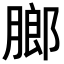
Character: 𬛋